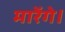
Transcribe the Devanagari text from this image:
मारेंगे।